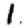
Digit: 1